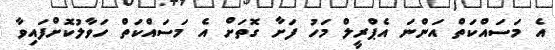
އެ މަސައްކަތް އަންނަ އެޕްރީލް މަހު ފަށާ ގޮތަށް އެ މަސައްކަތް ހަވާލުކޮށްފައިވާ